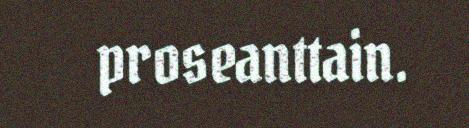
proseanttain.